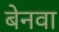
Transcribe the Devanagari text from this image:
बेनवा